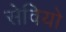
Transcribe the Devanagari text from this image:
सेवियो